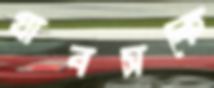
গ্রাবসকে